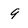
Character: 9